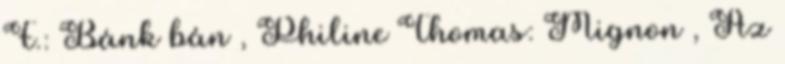
F.: Bánk bán , Philine Thomas: Mignon , Az